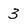
Character: 3